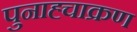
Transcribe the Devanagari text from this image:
पुनाह्चाक्रण